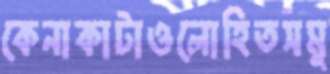
কেনাকাটাওলোহিতসমু